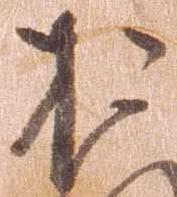
た